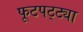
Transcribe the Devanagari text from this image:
फूटपट्ट्या